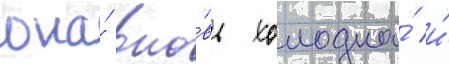
она́ вно́вь холодна́ и́